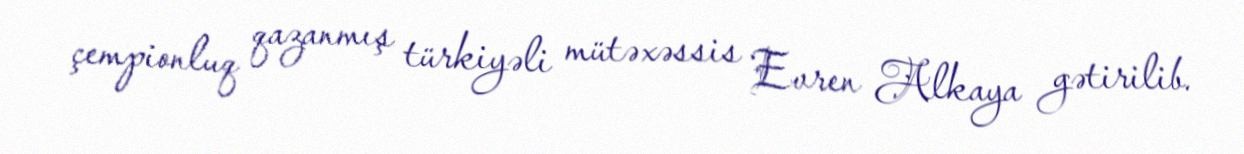
çempionluq qazanmış türkiyəli mütəxəssis Evren Alkaya gətirilib.